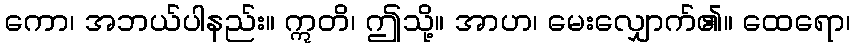
ကော၊ အဘယ်ပါနည်း။ ဣတိ၊ ဤသို့။ အာဟ၊ မေးလျှောက်၏။ ထေရော၊